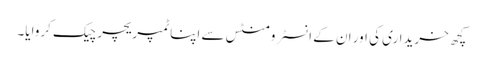
کچھ خریداری کی اور ان کے انسٹرومنٹس سے اپنا ٹمپریچر چیک کروایا۔